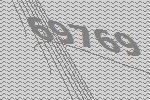
69769